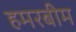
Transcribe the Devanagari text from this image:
हमरबीम